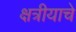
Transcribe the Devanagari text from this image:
क्षत्रीयाचे